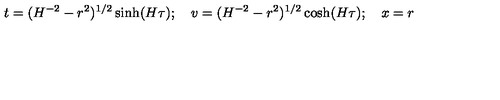
t = ( H ^ { - 2 } - r ^ { 2 } ) ^ { 1 / 2 } \sinh ( H \tau ) ; \quad v = ( H ^ { - 2 } - r ^ { 2 } ) ^ { 1 / 2 } \cosh ( H \tau ) ; \quad x = r